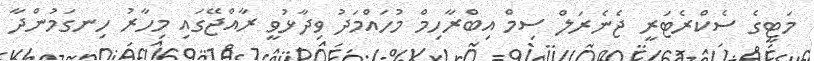
މަޓީގެ ސެކްރެޓަރީ ޖެނެރަލް ސިމް އިބްރާހިމް މުހައްމަދު ވިދާޅުވީ ރާއްޖޭގައި މިހާރު ހިނގަމުންދާ